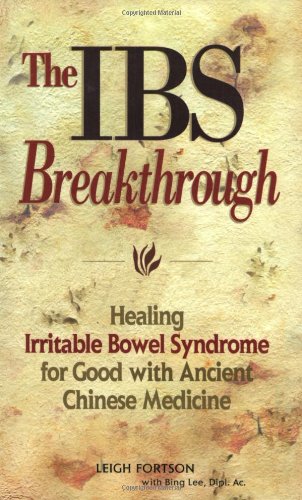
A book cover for IBS Breakthrough : Healing Irritable Bowel Syndrome for Good With Chinese Medicine; Leigh Fortson; Health, Fitness & Dieting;